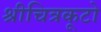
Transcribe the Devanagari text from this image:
श्रीचित्रकूटो